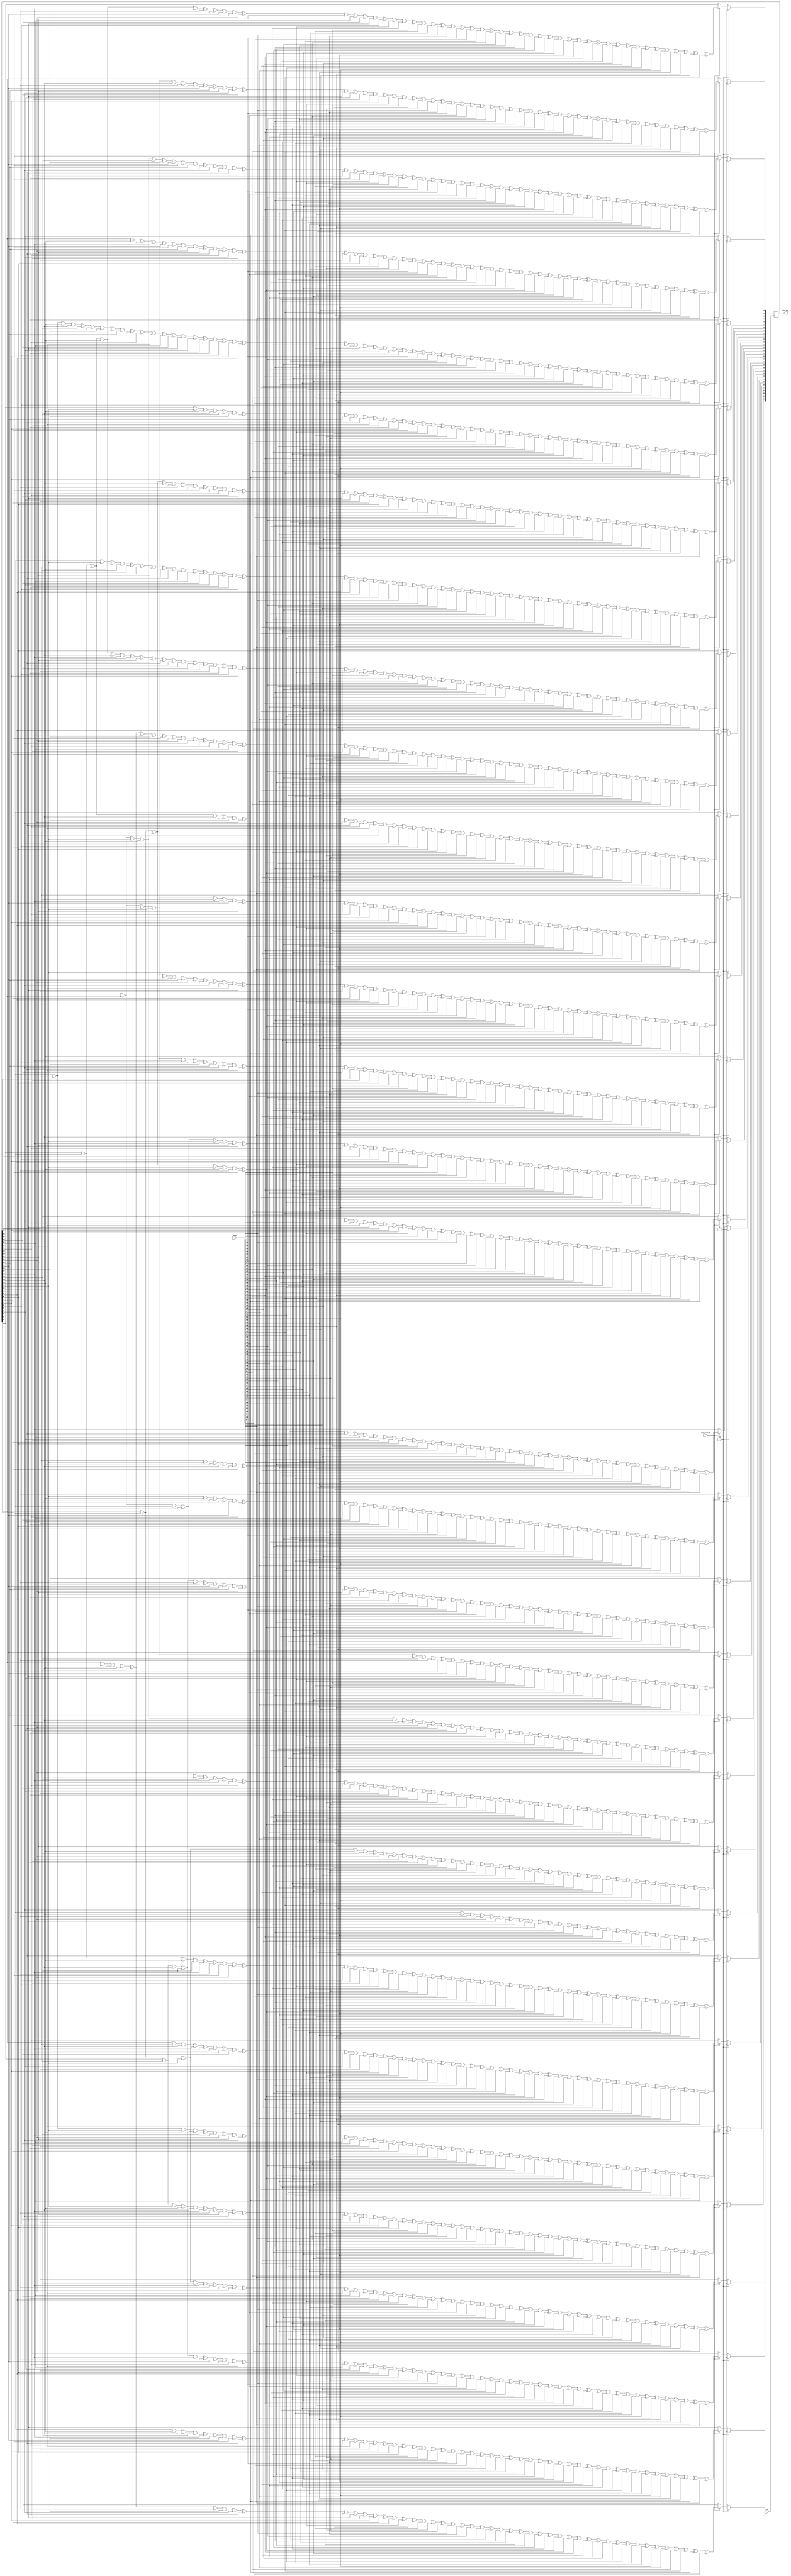
`timescale 1ns / 1ps
//////////////////////////////////////////////////////////////////////////////////
// Company:
// Engineer:
//
// Design Name:
// Module Name: Tcrc32_64
// Project Name:
// Target Devices:
// Tool Versions:
// Description:
//
// Dependencies:
//
// Revision:
// Revision 0.01 - File Created
// Additional Comments:
//
//////////////////////////////////////////////////////////////////////////////////


module Tcrc32_64
#(
parameter DATA_BITS = 64,
parameter CRC_BITS  = 32
)(
input                       clk           ,
input                       rst           ,
input      [DATA_BITS-1:0]  data          ,
input                       data_valid    ,
output     [CRC_BITS-1:0]   crc_out
    );

reg [CRC_BITS-1:0] crc = 0;
wire [DATA_BITS-1:0] d;
assign d = data;
wire [CRC_BITS-1:0] c;
assign c = crc;

always@(posedge clk)
	if(rst)begin
		crc <= ~0;
	end else begin
		if(data_valid)begin
			crc[0]  <= c[0]^c[10]^c[11]^c[13]^c[16]^c[17]^c[18]^c[19]^c[2]^c[21]^c[22]^c[27]^c[28]^c[29]^c[5]^d[0]^d[10]^d[11]^d[13]^d[16]^d[17]^d[18]^d[19]^d[2]^d[21]^d[22]^d[27]^d[28]^d[29]^d[33]^d[34]^d[36]^d[37]^d[38]^d[39]^d[41]^d[43]^d[46]^d[47]^d[48]^d[5]^d[52]^d[55]^d[56]^d[57]^d[58]^d[59]^d[60]                                                              ;
			crc[1]  <= c[0]^c[1]^c[11]^c[12]^c[14]^c[17]^c[18]^c[19]^c[20]^c[22]^c[23]^c[28]^c[29]^c[3]^c[30]^c[6]^d[0]^d[1]^d[11]^d[12]^d[14]^d[17]^d[18]^d[19]^d[20]^d[22]^d[23]^d[28]^d[29]^d[3]^d[30]^d[34]^d[35]^d[37]^d[38]^d[39]^d[40]^d[42]^d[44]^d[47]^d[48]^d[49]^d[53]^d[56]^d[57]^d[58]^d[59]^d[6]^d[60]^d[61]                                                    ;
			crc[2]  <= c[0]^c[1]^c[12]^c[13]^c[15]^c[18]^c[19]^c[2]^c[20]^c[21]^c[23]^c[24]^c[29]^c[30]^c[31]^c[4]^c[7]^d[0]^d[1]^d[12]^d[13]^d[15]^d[18]^d[19]^d[2]^d[20]^d[21]^d[23]^d[24]^d[29]^d[30]^d[31]^d[35]^d[36]^d[38]^d[39]^d[4]^d[40]^d[41]^d[43]^d[45]^d[48]^d[49]^d[50]^d[54]^d[57]^d[58]^d[59]^d[60]^d[61]^d[62]^d[7]                                          ;
			crc[3]  <= c[1]^c[13]^c[14]^c[16]^c[19]^c[2]^c[20]^c[21]^c[22]^c[24]^c[25]^c[3]^c[30]^c[31]^c[5]^c[8]^d[1]^d[13]^d[14]^d[16]^d[19]^d[2]^d[20]^d[21]^d[22]^d[24]^d[25]^d[3]^d[30]^d[31]^d[32]^d[36]^d[37]^d[39]^d[40]^d[41]^d[42]^d[44]^d[46]^d[49]^d[5]^d[50]^d[51]^d[55]^d[58]^d[59]^d[60]^d[61]^d[62]^d[63]^d[8]                                                ;
			crc[4]  <= c[10]^c[11]^c[13]^c[14]^c[15]^c[16]^c[18]^c[19]^c[20]^c[23]^c[25]^c[26]^c[27]^c[28]^c[29]^c[3]^c[31]^c[4]^c[5]^c[6]^c[9]^d[10]^d[11]^d[13]^d[14]^d[15]^d[16]^d[18]^d[19]^d[20]^d[23]^d[25]^d[26]^d[27]^d[28]^d[29]^d[3]^d[31]^d[32]^d[34]^d[36]^d[39]^d[4]^d[40]^d[42]^d[45]^d[46]^d[48]^d[5]^d[50]^d[51]^d[55]^d[57]^d[58]^d[6]^d[61]^d[62]^d[63]^d[9];
			crc[5]  <= c[0]^c[12]^c[13]^c[14]^c[15]^c[18]^c[2]^c[20]^c[22]^c[24]^c[26]^c[30]^c[4]^c[6]^c[7]^d[0]^d[12]^d[13]^d[14]^d[15]^d[18]^d[2]^d[20]^d[22]^d[24]^d[26]^d[30]^d[32]^d[34]^d[35]^d[36]^d[38]^d[39]^d[4]^d[40]^d[48]^d[49]^d[51]^d[55]^d[57]^d[6]^d[60]^d[62]^d[63]^d[7]                                                                                    ;
			crc[6]  <= c[1]^c[10]^c[11]^c[14]^c[15]^c[17]^c[18]^c[2]^c[22]^c[23]^c[25]^c[28]^c[29]^c[3]^c[31]^c[7]^c[8]^d[1]^d[10]^d[11]^d[14]^d[15]^d[17]^d[18]^d[2]^d[22]^d[23]^d[25]^d[28]^d[29]^d[3]^d[31]^d[34]^d[35]^d[38]^d[40]^d[43]^d[46]^d[47]^d[48]^d[49]^d[50]^d[55]^d[57]^d[59]^d[60]^d[61]^d[63]^d[7]^d[8]                                                      ;
			crc[7]  <= c[10]^c[12]^c[13]^c[15]^c[17]^c[21]^c[22]^c[23]^c[24]^c[26]^c[27]^c[28]^c[3]^c[30]^c[4]^c[5]^c[8]^c[9]^d[10]^d[12]^d[13]^d[15]^d[17]^d[21]^d[22]^d[23]^d[24]^d[26]^d[27]^d[28]^d[3]^d[30]^d[32]^d[33]^d[34]^d[35]^d[37]^d[38]^d[4]^d[43]^d[44]^d[46]^d[49]^d[5]^d[50]^d[51]^d[52]^d[55]^d[57]^d[59]^d[61]^d[62]^d[8]^d[9]                              ;
			crc[8]  <= c[0]^c[10]^c[11]^c[13]^c[14]^c[16]^c[18]^c[22]^c[23]^c[24]^c[25]^c[27]^c[28]^c[29]^c[31]^c[4]^c[5]^c[6]^c[9]^d[0]^d[10]^d[11]^d[13]^d[14]^d[16]^d[18]^d[22]^d[23]^d[24]^d[25]^d[27]^d[28]^d[29]^d[31]^d[33]^d[34]^d[35]^d[36]^d[38]^d[39]^d[4]^d[44]^d[45]^d[47]^d[5]^d[50]^d[51]^d[52]^d[53]^d[56]^d[58]^d[6]^d[60]^d[62]^d[63]^d[9]                  ;
			crc[9]  <= c[1]^c[12]^c[13]^c[14]^c[15]^c[16]^c[18]^c[2]^c[21]^c[22]^c[23]^c[24]^c[25]^c[26]^c[27]^c[30]^c[6]^c[7]^d[1]^d[12]^d[13]^d[14]^d[15]^d[16]^d[18]^d[2]^d[21]^d[22]^d[23]^d[24]^d[25]^d[26]^d[27]^d[30]^d[32]^d[33]^d[35]^d[38]^d[40]^d[41]^d[43]^d[45]^d[47]^d[51]^d[53]^d[54]^d[55]^d[56]^d[58]^d[6]^d[60]^d[61]^d[63]^d[7]                            ;
			crc[10] <= c[0]^c[10]^c[11]^c[14]^c[15]^c[18]^c[21]^c[23]^c[24]^c[25]^c[26]^c[29]^c[3]^c[31]^c[5]^c[7]^c[8]^d[0]^d[10]^d[11]^d[14]^d[15]^d[18]^d[21]^d[23]^d[24]^d[25]^d[26]^d[29]^d[3]^d[31]^d[37]^d[38]^d[42]^d[43]^d[44]^d[47]^d[5]^d[54]^d[58]^d[60]^d[61]^d[62]^d[7]^d[8]                                                                                    ;
			crc[11] <= c[0]^c[1]^c[11]^c[12]^c[15]^c[16]^c[19]^c[22]^c[24]^c[25]^c[26]^c[27]^c[30]^c[4]^c[6]^c[8]^c[9]^d[0]^d[1]^d[11]^d[12]^d[15]^d[16]^d[19]^d[22]^d[24]^d[25]^d[26]^d[27]^d[30]^d[32]^d[38]^d[39]^d[4]^d[43]^d[44]^d[45]^d[48]^d[55]^d[59]^d[6]^d[61]^d[62]^d[63]^d[8]^d[9]                                                                                ;
			crc[12] <= c[0]^c[1]^c[11]^c[12]^c[18]^c[19]^c[20]^c[21]^c[22]^c[23]^c[25]^c[26]^c[29]^c[31]^c[7]^c[9]^d[0]^d[1]^d[11]^d[12]^d[18]^d[19]^d[20]^d[21]^d[22]^d[23]^d[25]^d[26]^d[29]^d[31]^d[34]^d[36]^d[37]^d[38]^d[40]^d[41]^d[43]^d[44]^d[45]^d[47]^d[48]^d[49]^d[52]^d[55]^d[57]^d[58]^d[59]^d[62]^d[63]^d[7]^d[9]                                              ;
			crc[13] <= c[0]^c[1]^c[11]^c[12]^c[16]^c[17]^c[18]^c[20]^c[23]^c[24]^c[26]^c[28]^c[29]^c[30]^c[5]^c[8]^d[0]^d[1]^d[11]^d[12]^d[16]^d[17]^d[18]^d[20]^d[23]^d[24]^d[26]^d[28]^d[29]^d[30]^d[32]^d[33]^d[34]^d[35]^d[36]^d[42]^d[43]^d[44]^d[45]^d[47]^d[49]^d[5]^d[50]^d[52]^d[53]^d[55]^d[57]^d[63]^d[8]                                                          ;
			crc[14] <= c[0]^c[1]^c[10]^c[11]^c[12]^c[16]^c[22]^c[24]^c[25]^c[28]^c[30]^c[31]^c[5]^c[6]^c[9]^d[0]^d[1]^d[10]^d[11]^d[12]^d[16]^d[22]^d[24]^d[25]^d[28]^d[30]^d[31]^d[35]^d[38]^d[39]^d[41]^d[44]^d[45]^d[47]^d[5]^d[50]^d[51]^d[52]^d[53]^d[54]^d[55]^d[57]^d[59]^d[6]^d[60]^d[9]                                                                              ;
			crc[15] <= c[1]^c[10]^c[11]^c[12]^c[13]^c[17]^c[2]^c[23]^c[25]^c[26]^c[29]^c[31]^c[6]^c[7]^d[1]^d[10]^d[11]^d[12]^d[13]^d[17]^d[2]^d[23]^d[25]^d[26]^d[29]^d[31]^d[32]^d[36]^d[39]^d[40]^d[42]^d[45]^d[46]^d[48]^d[51]^d[52]^d[53]^d[54]^d[55]^d[56]^d[58]^d[6]^d[60]^d[61]^d[7]                                                                                  ;
			crc[16] <= c[11]^c[12]^c[13]^c[14]^c[18]^c[2]^c[24]^c[26]^c[27]^c[3]^c[30]^c[7]^c[8]^d[11]^d[12]^d[13]^d[14]^d[18]^d[2]^d[24]^d[26]^d[27]^d[3]^d[30]^d[32]^d[33]^d[37]^d[40]^d[41]^d[43]^d[46]^d[47]^d[49]^d[52]^d[53]^d[54]^d[55]^d[56]^d[57]^d[59]^d[61]^d[62]^d[7]^d[8]                                                                                        ;
			crc[17] <= c[12]^c[13]^c[14]^c[15]^c[19]^c[25]^c[27]^c[28]^c[3]^c[31]^c[4]^c[8]^c[9]^d[12]^d[13]^d[14]^d[15]^d[19]^d[25]^d[27]^d[28]^d[3]^d[31]^d[33]^d[34]^d[38]^d[4]^d[41]^d[42]^d[44]^d[47]^d[48]^d[50]^d[53]^d[54]^d[55]^d[56]^d[57]^d[58]^d[60]^d[62]^d[63]^d[8]^d[9]                                                                                        ;
			crc[18] <= c[0]^c[11]^c[14]^c[15]^c[17]^c[18]^c[19]^c[2]^c[20]^c[21]^c[22]^c[26]^c[27]^c[4]^c[9]^d[0]^d[11]^d[14]^d[15]^d[17]^d[18]^d[19]^d[2]^d[20]^d[21]^d[22]^d[26]^d[27]^d[32]^d[33]^d[35]^d[36]^d[37]^d[38]^d[4]^d[41]^d[42]^d[45]^d[46]^d[47]^d[49]^d[51]^d[52]^d[54]^d[60]^d[61]^d[63]^d[9]                                                                ;
			crc[19] <= c[0]^c[1]^c[11]^c[12]^c[13]^c[15]^c[17]^c[2]^c[20]^c[23]^c[29]^c[3]^d[0]^d[1]^d[11]^d[12]^d[13]^d[15]^d[17]^d[2]^d[20]^d[23]^d[29]^d[3]^d[41]^d[42]^d[50]^d[53]^d[56]^d[57]^d[58]^d[59]^d[60]^d[61]^d[62]                                                                                                                                              ;
			crc[20] <= c[0]^c[1]^c[12]^c[13]^c[14]^c[16]^c[18]^c[2]^c[21]^c[24]^c[3]^c[30]^c[4]^d[0]^d[1]^d[12]^d[13]^d[14]^d[16]^d[18]^d[2]^d[21]^d[24]^d[3]^d[30]^d[4]^d[42]^d[43]^d[51]^d[54]^d[57]^d[58]^d[59]^d[60]^d[61]^d[62]^d[63]                                                                                                                                    ;
			crc[21] <= c[0]^c[1]^c[10]^c[11]^c[14]^c[15]^c[16]^c[18]^c[21]^c[25]^c[27]^c[28]^c[29]^c[3]^c[31]^c[4]^d[0]^d[1]^d[10]^d[11]^d[14]^d[15]^d[16]^d[18]^d[21]^d[25]^d[27]^d[28]^d[29]^d[3]^d[31]^d[33]^d[34]^d[36]^d[37]^d[38]^d[39]^d[4]^d[41]^d[44]^d[46]^d[47]^d[48]^d[56]^d[57]^d[61]^d[62]^d[63]                                                                ;
			crc[22] <= c[1]^c[10]^c[12]^c[13]^c[15]^c[18]^c[21]^c[26]^c[27]^c[30]^c[4]^d[1]^d[10]^d[12]^d[13]^d[15]^d[18]^d[21]^d[26]^d[27]^d[30]^d[32]^d[33]^d[35]^d[36]^d[4]^d[40]^d[41]^d[42]^d[43]^d[45]^d[46]^d[49]^d[52]^d[55]^d[56]^d[59]^d[60]^d[62]^d[63]                                                                                                            ;
			crc[23] <= c[10]^c[14]^c[17]^c[18]^c[21]^c[29]^c[31]^d[10]^d[14]^d[17]^d[18]^d[21]^d[29]^d[31]^d[38]^d[39]^d[42]^d[44]^d[48]^d[50]^d[52]^d[53]^d[55]^d[58]^d[59]^d[61]^d[63]                                                                                                                                                                                      ;
			crc[24] <= c[0]^c[10]^c[13]^c[15]^c[16]^c[17]^c[2]^c[21]^c[27]^c[28]^c[29]^c[30]^c[5]^d[0]^d[10]^d[13]^d[15]^d[16]^d[17]^d[2]^d[21]^d[27]^d[28]^d[29]^d[30]^d[32]^d[33]^d[34]^d[36]^d[37]^d[38]^d[40]^d[41]^d[45]^d[46]^d[47]^d[48]^d[49]^d[5]^d[51]^d[52]^d[53]^d[54]^d[55]^d[57]^d[58]^d[62]                                                                    ;
			crc[25] <= c[1]^c[11]^c[14]^c[16]^c[17]^c[18]^c[22]^c[28]^c[29]^c[3]^c[30]^c[31]^c[6]^d[1]^d[11]^d[14]^d[16]^d[17]^d[18]^d[22]^d[28]^d[29]^d[3]^d[30]^d[31]^d[33]^d[34]^d[35]^d[37]^d[38]^d[39]^d[41]^d[42]^d[46]^d[47]^d[48]^d[49]^d[50]^d[52]^d[53]^d[54]^d[55]^d[56]^d[58]^d[59]^d[6]^d[63]                                                                    ;
			crc[26] <= c[10]^c[11]^c[12]^c[13]^c[15]^c[16]^c[21]^c[22]^c[23]^c[27]^c[28]^c[30]^c[31]^c[4]^c[5]^c[7]^d[10]^d[11]^d[12]^d[13]^d[15]^d[16]^d[21]^d[22]^d[23]^d[27]^d[28]^d[30]^d[31]^d[32]^d[33]^d[35]^d[37]^d[4]^d[40]^d[41]^d[42]^d[46]^d[49]^d[5]^d[50]^d[51]^d[52]^d[53]^d[54]^d[58]^d[7]                                                                    ;
			crc[27] <= c[0]^c[11]^c[12]^c[13]^c[14]^c[16]^c[17]^c[22]^c[23]^c[24]^c[28]^c[29]^c[31]^c[5]^c[6]^c[8]^d[0]^d[11]^d[12]^d[13]^d[14]^d[16]^d[17]^d[22]^d[23]^d[24]^d[28]^d[29]^d[31]^d[32]^d[33]^d[34]^d[36]^d[38]^d[41]^d[42]^d[43]^d[47]^d[5]^d[50]^d[51]^d[52]^d[53]^d[54]^d[55]^d[59]^d[6]^d[8]                                                                ;
			crc[28] <= c[1]^c[12]^c[13]^c[14]^c[15]^c[17]^c[18]^c[23]^c[24]^c[25]^c[29]^c[30]^c[6]^c[7]^c[9]^d[1]^d[12]^d[13]^d[14]^d[15]^d[17]^d[18]^d[23]^d[24]^d[25]^d[29]^d[30]^d[32]^d[33]^d[34]^d[35]^d[37]^d[39]^d[42]^d[43]^d[44]^d[48]^d[51]^d[52]^d[53]^d[54]^d[55]^d[56]^d[6]^d[60]^d[7]^d[9]                                                                      ;
			crc[29] <= c[10]^c[13]^c[14]^c[15]^c[16]^c[18]^c[19]^c[2]^c[24]^c[25]^c[26]^c[30]^c[31]^c[7]^c[8]^d[10]^d[13]^d[14]^d[15]^d[16]^d[18]^d[19]^d[2]^d[24]^d[25]^d[26]^d[30]^d[31]^d[33]^d[34]^d[35]^d[36]^d[38]^d[40]^d[43]^d[44]^d[45]^d[49]^d[52]^d[53]^d[54]^d[55]^d[56]^d[57]^d[61]^d[7]^d[8]                                                                    ;
			crc[30] <= c[0]^c[11]^c[14]^c[15]^c[16]^c[17]^c[19]^c[20]^c[25]^c[26]^c[27]^c[3]^c[31]^c[8]^c[9]^d[0]^d[11]^d[14]^d[15]^d[16]^d[17]^d[19]^d[20]^d[25]^d[26]^d[27]^d[3]^d[31]^d[32]^d[34]^d[35]^d[36]^d[37]^d[39]^d[41]^d[44]^d[45]^d[46]^d[50]^d[53]^d[54]^d[55]^d[56]^d[57]^d[58]^d[62]^d[8]^d[9]                                                                ;
			crc[31] <= c[1]^c[10]^c[12]^c[15]^c[16]^c[17]^c[18]^c[20]^c[21]^c[26]^c[27]^c[28]^c[4]^c[9]^d[1]^d[10]^d[12]^d[15]^d[16]^d[17]^d[18]^d[20]^d[21]^d[26]^d[27]^d[28]^d[32]^d[33]^d[35]^d[36]^d[37]^d[38]^d[4]^d[40]^d[42]^d[45]^d[46]^d[47]^d[51]^d[54]^d[55]^d[56]^d[57]^d[58]^d[59]^d[63]^d[9]                                                                    ;
		end
	end

assign crc_out = crc;

endmodule